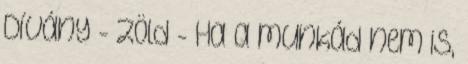
Dívány - Zöld - Ha a munkád nem is,